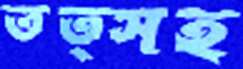
তত্সহ